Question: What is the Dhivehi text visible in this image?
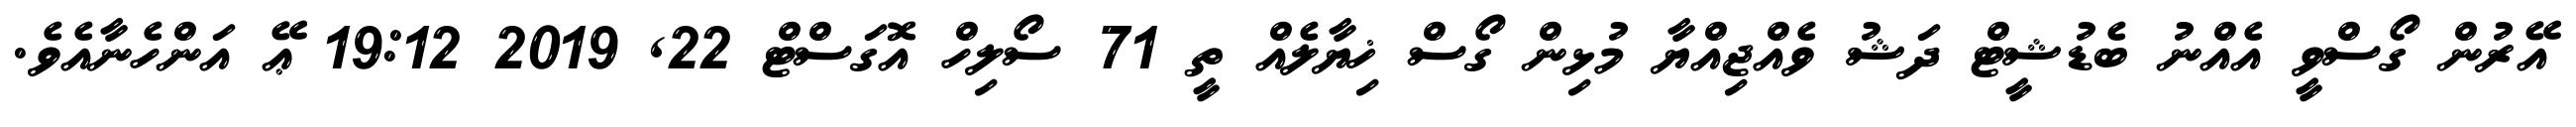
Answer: އޭރުން ގޯސްވީ އެއްނު ބެޑުޝީޓް ދަޝު ވެއްޖިއްޔާ މުޅިން ގޯސް ޚިޔާލެއް ތީ 71 ސޯލިހް އޮގަސްޓް 22, 2019 19:12 ޢޭ އަންހެނާއެވެ.